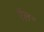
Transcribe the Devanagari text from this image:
ऍल॰